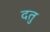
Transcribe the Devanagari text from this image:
दतु